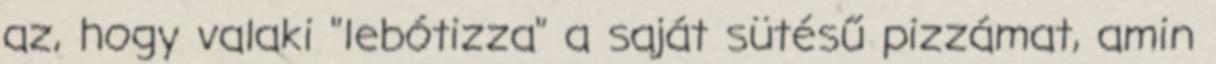
az, hogy valaki "lebótizza" a saját sütésű pizzámat, amin